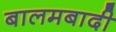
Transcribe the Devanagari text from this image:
बालमबादी